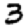
Digit: 3